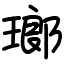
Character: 瑯